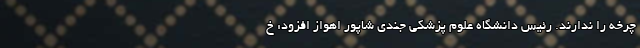
چرخه را ندارند. رئیس دانشگاه علوم پزشکی جندی شاپور اهواز افزود: خ